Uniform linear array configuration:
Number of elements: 4
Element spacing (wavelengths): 1
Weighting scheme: binomial
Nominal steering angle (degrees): -45
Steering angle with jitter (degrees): -46.684
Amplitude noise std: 0.05
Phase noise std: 0.05

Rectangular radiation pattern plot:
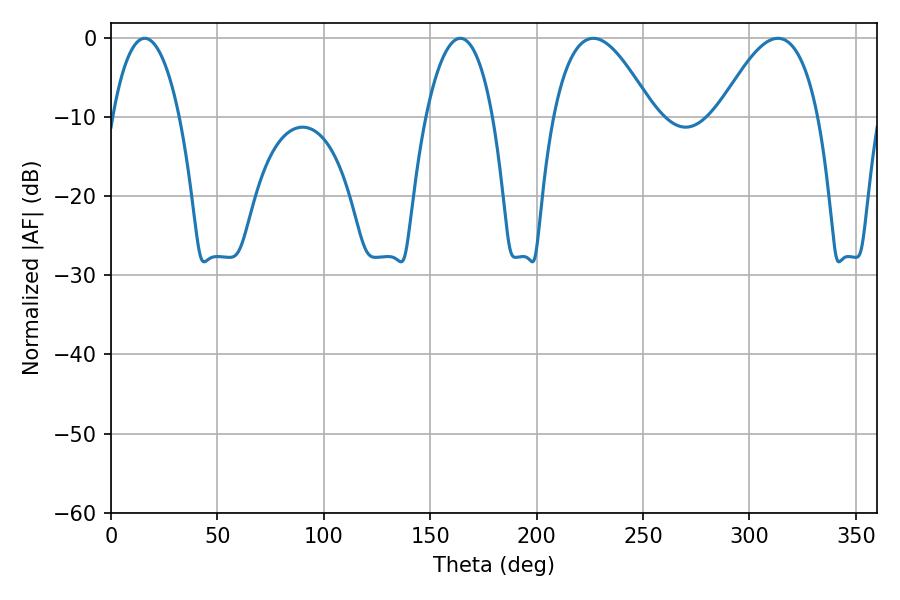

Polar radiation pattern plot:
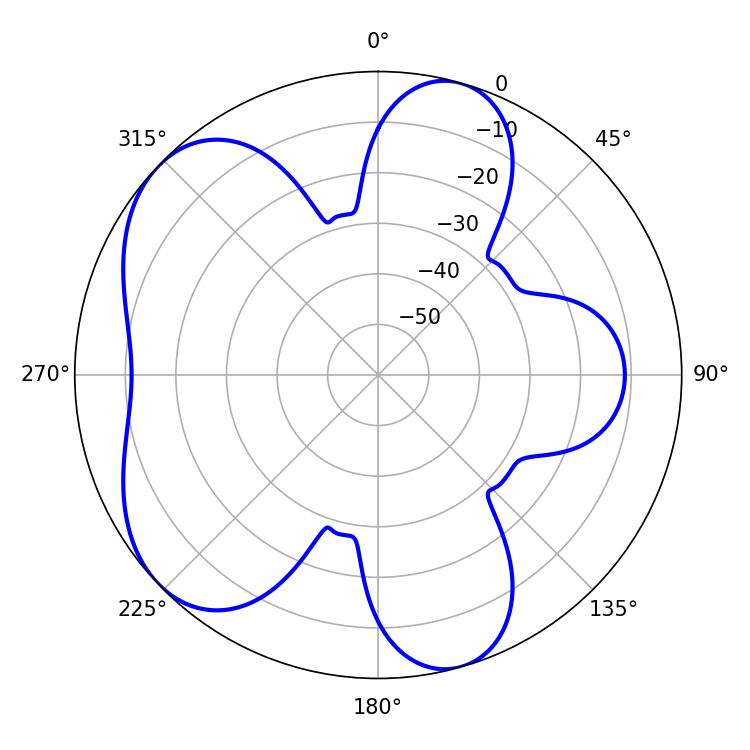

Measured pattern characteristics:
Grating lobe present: TRUE
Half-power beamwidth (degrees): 17.64
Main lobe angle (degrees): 15.84